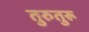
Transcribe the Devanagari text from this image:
तुरुतुरू